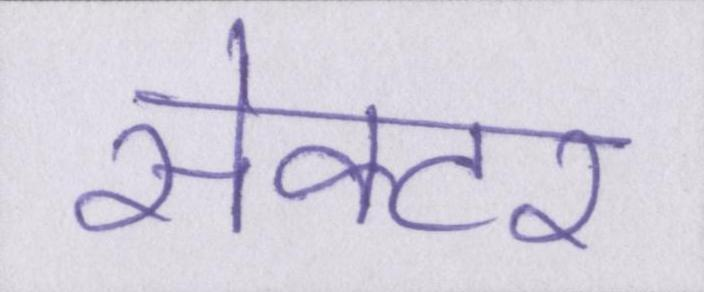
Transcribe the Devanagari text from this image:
सेक्टर